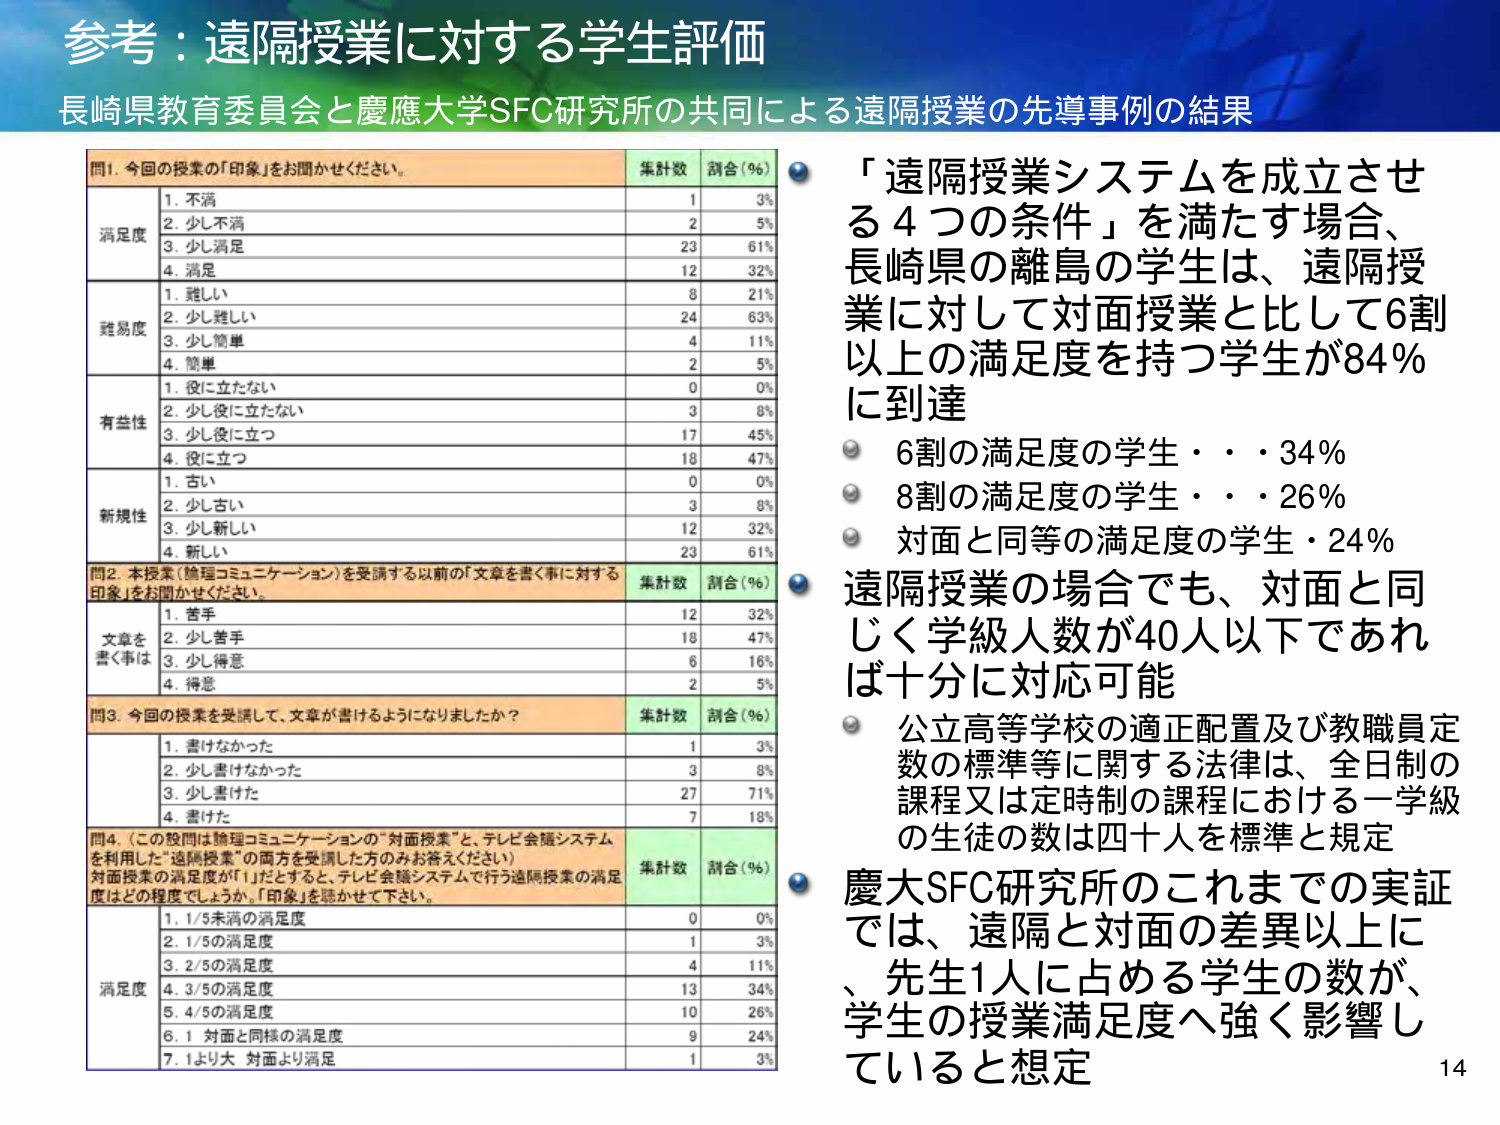
参考：遠隔授業に対する学生評価
長崎県教育委員会と慶應大学SFC研究所の共同による遠隔授業の先導事例の結果

問1. 今回の授業の「印象」をお聞かせください。
集計数 該当（％）
満足度
1. 不満 1 3%
2. 少し不満 2 5%
3. 少し満足 23 61%
4. 満足 12 32%
難易度
1. 難しい 8 21%
2. 少し難しい 24 63%
3. 少し簡単 4 11%
4. 簡単 2 5%
有益性
1. 役に立たない 0 0%
2. 少し役に立たない 3 8%
3. 少し役に立つ 17 45%
4. 役に立つ 18 47%
新規性
1. 古い 0 0%
2. 少し古い 3 8%
3. 少し新しい 12 32%
4. 新しい 23 61%

問2. 本授業（論理コミュニケーション）を受講する以前の「文章を書く事に対する印象」をお聞かせください。
集計数 該当（％）
文章を書く事は
1. 苦手 12 32%
2. 少し苦手 18 47%
3. 少し得意 6 16%
4. 得意 2 5%

問3. 今回の授業を受講して、文章が書けるようになりましたか？
集計数 該当（％）
1. 書けなかった 1 3%
2. 少し書けなかった 3 8%
3. 少し書けた 27 71%
4. 書けた 7 18%

問4. （この設問は論理コミュニケーションの「対面授業」と、テレビ会議システムを利用した「遠隔授業」の両方を受講した方のみお答えください）
対面授業の満足度が「1」だとすると、テレビ会議システムで行う遠隔授業の満足度はどの程度でしょうか。「印象」を聴かせて下さい。
集計数 該当（％）
満足度
1. 1/5未満の満足度 0 0%
2. 1/5の満足度 1 3%
3. 2/5の満足度 4 11%
4. 3/5の満足度 13 34%
5. 4/5の満足度 10 26%
6. 1 対面と同様の満足度 9 24%
7. 1より大 対面より満足 1 3%

「遠隔授業システムを成立させる4つの条件」を満たす場合、長崎県の離島の学生は、遠隔授業に対して対面授業と比して6割以上の満足度を持つ学生が84％に到達
・6割の満足度の学生・・・34％
・8割の満足度の学生・・・26％
・対面と同等の満足度の学生・24％

遠隔授業の場合でも、対面と同じく学級人数が40人以下であれば十分に対応可能
・公立高等学校の適正配置及び教職員定数の標準等に関する法律は、全日制の課程又は定時制の課程における一学級の生徒の数は四十人を標準と規定

慶大SFC研究所のこれまでの実証では、遠隔と対面の差異以上に、先生1人に占める学生の数が、学生の授業満足度へ強く影響していると想定

14